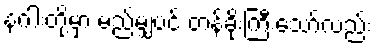
နဂါးတို့မှာ မည်မျှပင် တန်ခိုးကြီးသော်လည်း